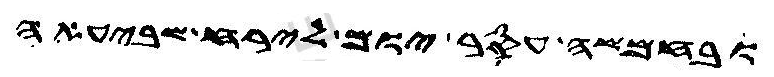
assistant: ובחמשה עסר יום לירח שביעאה